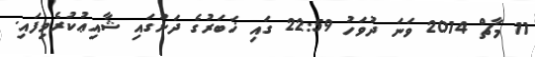
11 މާޗް 2014 ވަނަ ދުވަހު 22:59 ގައި ޚަބަރުގެ ދަށުގައި ޝާއިޢުކުރެވިފައި.